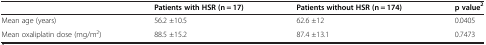
<table><thead><tr><td><b> </b></td><td><b>Patients with HSR (n = 17)</b></td><td><b>Patients without HSR (n = 174)</b></td><td><b>p value<sup>2</sup></b></td></tr></thead><tbody><tr><td>Mean age (years)</td><td>56.2 ±10.5</td><td>62.6 ±12</td><td>0.0405</td></tr><tr><td>Mean oxaliplatin dose (mg/m<sup>2</sup>)</td><td>88.5 ±15.2</td><td>87.4 ±13.1</td><td>0.7473</td></tr></tbody></table>